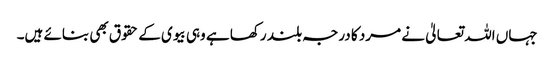
جہاں اللہ تعالیٰ نے مرد کا درجہ بلند رکھا ہے وہی بیوی کے حقوق بھی بنائے ہیں۔